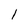
Character: l